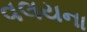
વલયના